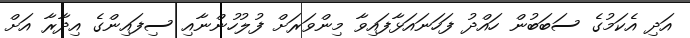
އަދި އެކަމުގެ ސަބަބުން ހައްދު ފަހަނައަޅާފައިވާ މިންވަރަށް ފުލުހުންނާއި ސިފައިންގެ އިދާރާ އަށް